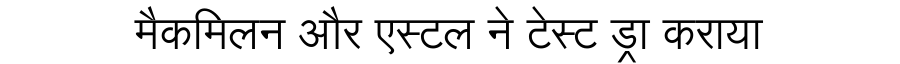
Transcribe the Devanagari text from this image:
मैकमिलन और एस्टल ने टेस्ट ड्रा कराया